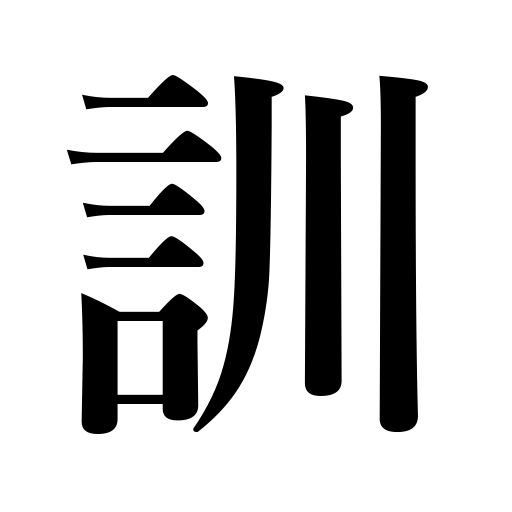
Meanings: Japanese reading of a character,rule,regulation,lesson,explanation of a character